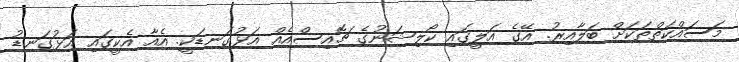
މަސައްކަތްތަކަށް ބަލާއިރު. އޭގެ އަލީގައި ކޯލިޝަނުގެ ޗޮއިސްއެއް އަޅުގަނޑަކީ. އެއާ އެކީގައި އަޅުގަނޑު